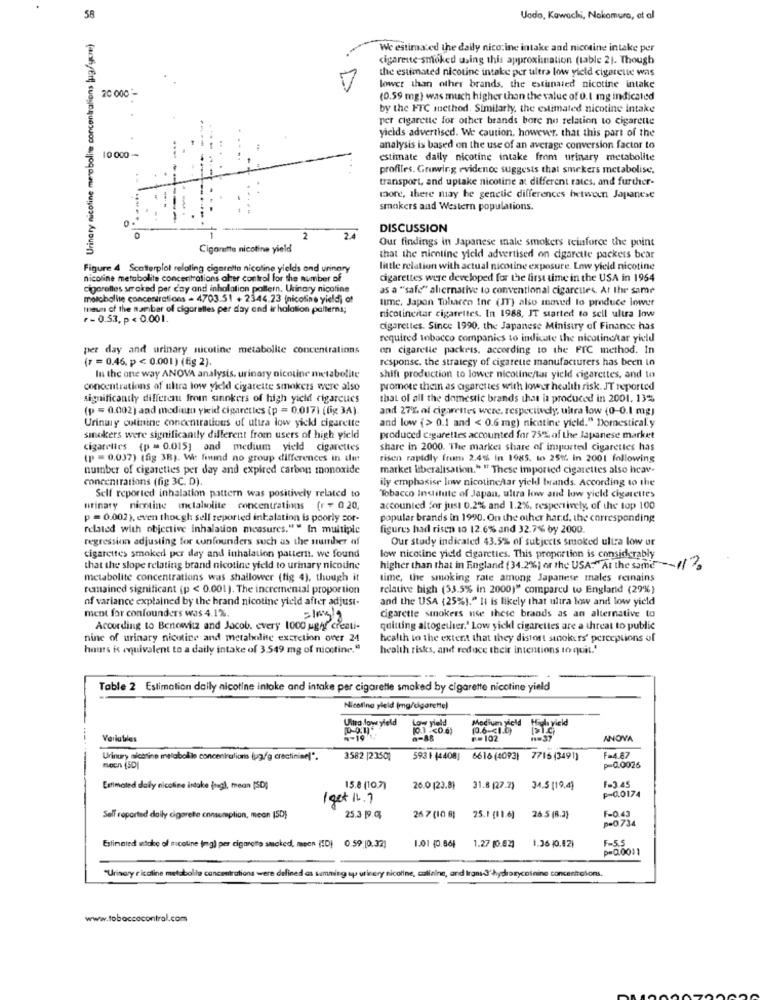
58
Uado, Kawachi, Nakamura, ot al
Urinary nicoline metabolite concentrations jug/yere)
We estimated the daily nico:ine intake and nicotine intake per
cigarette smoked using this approximation (table 21. Though
the estimated nicotine intake per ultra low yield cigarette was
20 000-
lower than other brands, the estinaled nicotine intake
(0.59 mg) was much higher than the value of 0.1 mg indicated
by the FTC method. Similarly, the estimated nicotine intake
per cigarette for other brands bore nu relation to cigarette
yields advertised. We caution. however, that this part of the
analysis is based on the use of an average conversion factor to
10 000 -
estimate daily nicotine intake from urinary metabolite
profiles. Gruwing evidence suggests that smekers metabolise.
transport, and uptake nicotine at different rates, and further-
more, there may be genetic differences between Japanese
smokers and Western populations.
DISCUSSION
2
24
Our findings in Japanese male smokers reinforce the point
Cigarette nicotine yield
that the nicotine yield advertised on cigarette packets bear
Figure 4 Scatterplot relaling cigaretta nicoline yields and urinary
little relation with actual nicotine exposure. Low yield nicotine
nicoline metabolite concentrations aler control for the number of
cigarettes were developed for the first time in the USA in 1964
cigarettes seraked per c'ay and inhalation pattern, Urinary nicotine
as a "safe" alternative to conventional cigarettes. At the same
motobolite concentrations - 4703.51 + 2344.23 (nicoline yield] of
time, Japon Tobacco Ine (IT) also moved to produce lower
maun of the nambar of cigorelles per day and ir halation polterna;
+- 0.53, p < 0,001.
nicotinestar cigarettes. In 1988, IT started to sell ultra low
cigarettes. Since 1990, the Japanese Ministry of Finance has
required tobacco companies to indicate the nicotine/tar yield
per day and urinary nicotine metabolite concentrations
on cigarette packets. according to the FIC method. In
(7 = 0.46. p < 0.001) (fig 2).
response, the strategy of cigarette manufacturers has been in
In the one way ANOVA analysis, urinary nicotine metabolite
shift production to lower nicotine/kus yield cigarettes, and to
concentrations of ultra low yield cigarette smokers were also
promote thein as cigarettes with lower health risk. JT reported
significantly different from sinnkers of high yield cigarcues
that of all the domestic brands that is produced in 2001. 13%
(p = 0.002) and mediutu yieid cigarettes (p = 0.017) (fig 3A)
and 27% of cigarettes were, respectively, ultra low (0-0.1 mg)
Urinary colinine concentrations of uttra low yickl cigarette
and low {> 0.1 and < 0.6 mg) nicatine yield." Dornestical.y
smokers were significantly different from users of high yield
produced cigarettes accounted for 75% of the Japanese market
cigarettes (p = 0.015] and medium yield cigarettes
share in 2000. The market share of imported cigarettes has
(p = 0.037) (fig 38). We found no group differences in ulm
risen rapidly fram 2.4% in 1985. to 25%. In 2001 following
number of cigarettes per day and expired carbon monoxide
market liberalisation." " These imported cigarettes also heav-
concentrations (fig 3C. D).
ily emphasise low nicotineftar yieldl brands. According to the
Self reported inhalation pattern was positively related to
Tobacco Institute of Japan, ultra low and low yield cigarettes
urinary nicotine inclabolite concentrations (r = 0 20,
accounted for just 0.2% and 1.2%, respectively, of the top 100
p = 0.002), even though sell reported inhalation is poorly por-
popular brands in 1990. On the other hand, the corresponding
related with objective inhalation measures." " In multiple
figures had risen to 12.6% and 32.7% by 2000.
regression adjusting for confounders such as the number of
Our study indicated 43.5% of subjects smoked ultra low or
cigarettes smoked per day and inhalation pattern. we found
low nicotine yield cigarettes. This proportion is considerably
that the slope relating brand nicotine yield to urinary nicound
higher than that in England (34.2%) of the USA."At the same" ~~ / ?
metabolite concentrations was shallower (fig 4), though it
time, the smoking rate among Japanese males reinains
remained significant (p < 0.001). The incremental proportion
relative high (33.5% in 2000)" compared to England (29%)
of variance explained by the brand nicotine yield after adjust-
and the USA (25%)." It is likely that ultra low and low yield
ment for confounders was 4.1%.
=1kg ?
cigarette smokers use these brands as an alternative to
According to Benowitz and Jacob. every 1000 ugif'creati-
quitting altogether." Low yickl cigarettes are a threat to public
nine of urinary nicotine and metabolite excretion over 24
health to the extent that they distort stokers' perceptions of
hours is equivalent to a daily intake of 3.549 mg of nicotine."
health risks, and reduce their intentions to quit."
Table 2 Estimation daily nicotine intake and intake per cigarette smoked by cigarette nicotine yield
Nicotine yield (mg/cigarette)
Ultra low yield
Modium yield
High yield
(0.6 -< 1.0)
Variables
1-19
F=102
1.37
ANOVA
Urinury nicotine melabollo concentration (up/g cractininel".
3582 |2350]
593 1 44408]
6616 (4093) 7716 (3491)
F=4.87
moen (SD)
p=0.0026
Estimated daily nicotine intake (mg), mean (SD)
15.8 (10,7)
26.0 (23.8)
31.8 (27.2) 34.5 [19,4)
1-3.45
F-0.0174
1 get 12.7
26 5 (8.2)
F-0.43
Self reported daily cigarette consumplion, meon (SD)
25.3 19.0,
26 7 (10 8]
25.1 (11.6]
p=0.734
1.01 10.86}
1.27 (0.92]
1.36 (0.12)
F-5.5
Estimated wtake of sucoline (mg) per cigarette smoked, meen (SD)
0.59 [0.32)
"Urinary ricaline metabolte concentrationa were defined as simming ap uricery nicoline, calinine, and Iransd'hydrorycoinine concentrations.
www.tobaccocontrol.com